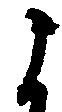
よ